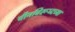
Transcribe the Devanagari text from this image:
चीनविरूध्दच्या